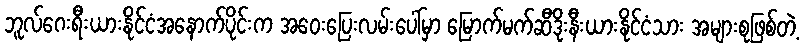
ဘူလ်ဂေးရီးယားနိုင်ငံအနောက်ပိုင်းက အဝေးပြေးလမ်းပေါ်မှာ မြောက်မက်ဆီဒိုးနီးယားနိုင်ငံသား အများစုဖြစ်တဲ့